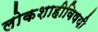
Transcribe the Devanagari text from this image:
लोकशाहीविषयी